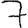
Digit: 7